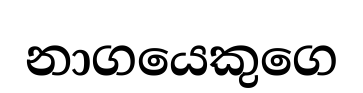
නාගයෙකුගෙ